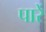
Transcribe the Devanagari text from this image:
पारें